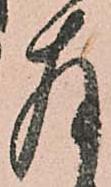
存